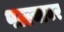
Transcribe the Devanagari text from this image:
पल्ल्यावर